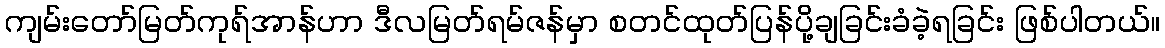
ကျမ်းတော်မြတ်ကုရ်အာန်ဟာ ဒီလမြတ်ရမ်ဇန်မှာ စတင်ထုတ်ပြန်ပို့ချခြင်းခံခဲ့ရခြင်း ဖြစ်ပါတယ်။